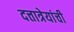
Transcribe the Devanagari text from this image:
दत्तात्रेयांची